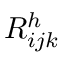
R _ { i j k } ^ { h }